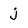
Character: j